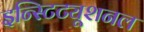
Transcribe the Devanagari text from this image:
इन्स्टिट्यूशनल